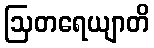
ဩတရေယျာတိ